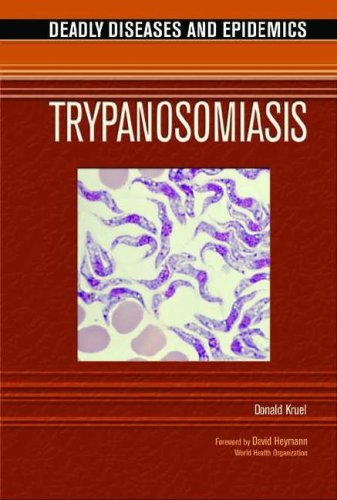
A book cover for Trypanosomiasis (Deadly Diseases and Epidemics); Donald Kruel; Teen & Young Adult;